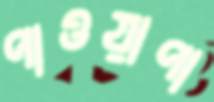
পাওয়াপা